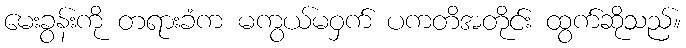
မေးခွန်းကို တရားခံက မကွယ်မဝှက် ပကတိအတိုင်း ထွက်ဆိုသည်။